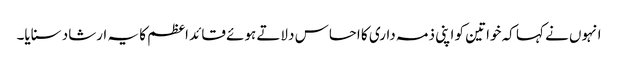
انہوں نے کہا کہ خواتین کو اپنی ذمہ داری کا احساس دلاتے ہوئے قائد اعظم کا یہ ارشاد سنایا۔